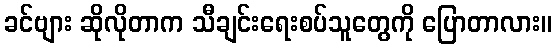
ခင်ဗျား ဆိုလိုတာက သီချင်းရေးစပ်သူတွေကို ပြောတာလား။